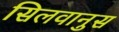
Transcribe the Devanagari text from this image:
सिलवानुस